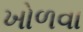
ખોળવા